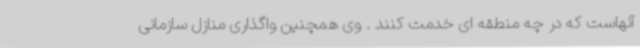
آنهاست که در چه منطقه ای خدمت کنند . وی همچنین واگذاری منازل سازمانی